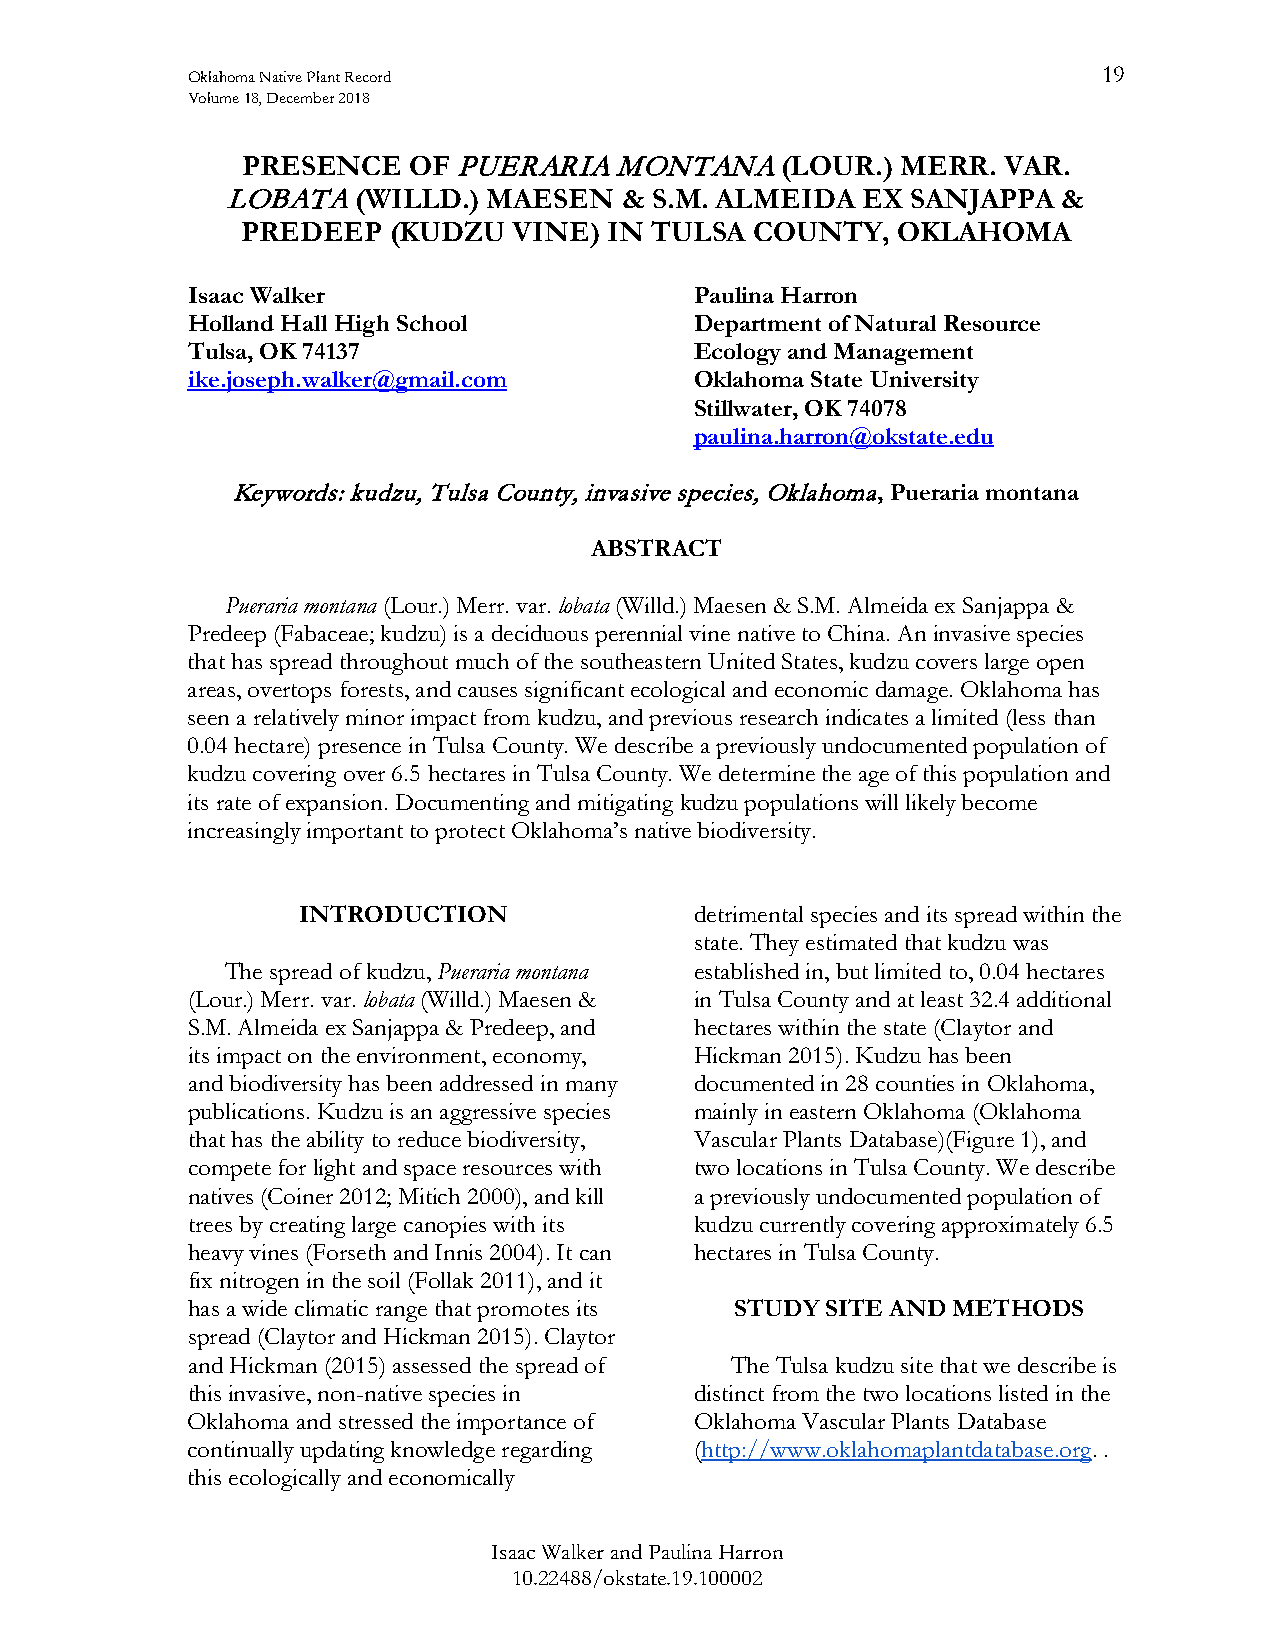
Oklahoma Native Plant Record                                 19
 Volume 18, December 2018
 PRESENCE   OF PUERARIA   MONTANA    (LOUR.) MERR. VAR.
 LOBATA  (WILLD.) MAESEN   & S.M. ALMEIDA  EX SANJAPPA  &
 PREDEEP   (KUDZU  VINE) IN TULSA  COUNTY,  OKLAHOMA
 Isaac Walker                      Paulina Harron
 Holland Hall High School          Department of Natural Resource
 Tulsa, OK 74137                   Ecology and Management
 ike.joseph.walker@gmail.com       Oklahoma State University
 Stillwater, OK 74078
 paulina.harron@okstate.edu
 Keywords: kudzu, Tulsa County, invasive species, Oklahoma, Pueraria montana
 ABSTRACT
 Pueraria montana (Lour.) Merr. var. lobata (Willd.) Maesen & S.M. Almeida ex Sanjappa &
 Predeep (Fabaceae; kudzu) is a deciduous perennial vine native to China. An invasive species
 that has spread throughout much of the southeastern United States, kudzu covers large open
 areas, overtops forests, and causes significant ecological and economic damage. Oklahoma has
 seen a relatively minor impact from kudzu, and previous research indicates a limited (less than
 0.04 hectare) presence in Tulsa County. We describe a previously undocumented population of
 kudzu covering over 6.5 hectares in Tulsa County. We determine the age of this population and
 its rate of expansion. Documenting and mitigating kudzu populations will likely become
 increasingly important to protect Oklahoma’s native biodiversity.
 INTRODUCTION              detrimental species and its spread within the
 state. They estimated that kudzu was
 The spread of kudzu, Pueraria montana established in, but limited to, 0.04 hectares
 (Lour.) Merr. var. lobata (Willd.) Maesen & in Tulsa County and at least 32.4 additional
 S.M. Almeida ex Sanjappa & Predeep, and hectares within the state (Claytor and
 its impact on the environment, economy, Hickman 2015). Kudzu has been
 and biodiversity has been addressed in many documented in 28 counties in Oklahoma,
 publications. Kudzu is an aggressive species mainly in eastern Oklahoma (Oklahoma
 that has the ability to reduce biodiversity, Vascular Plants Database)(Figure 1), and
 compete for light and space resources with two locations in Tulsa County. We describe
 natives (Coiner 2012; Mitich 2000), and kill a previously undocumented population of
 trees by creating large canopies with its kudzu currently covering approximately 6.5
 heavy vines (Forseth and Innis 2004). It can hectares in Tulsa County.
 fix nitrogen in the soil (Follak 2011), and it
 has a wide climatic range that promotes its STUDY SITE AND METHODS
 spread (Claytor and Hickman 2015). Claytor
 and Hickman (2015) assessed the spread of The Tulsa kudzu site that we describe is
 this invasive, non-native species in distinct from the two locations listed in the
 Oklahoma and stressed the importance of Oklahoma Vascular Plants Database
 continually updating knowledge regarding (http://www.oklahomaplantdatabase.org. .
 this ecologically and economically
 Isaac Walker and Paulina Harron
 10.22488/okstate.19.100002